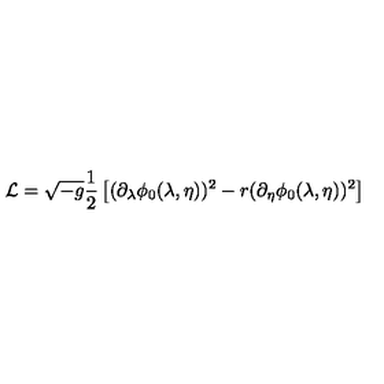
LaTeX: { \cal L } = \sqrt { - g } { \frac { 1 } { 2 } } \left[ ( \partial _ { \lambda } \phi _ { 0 } ( \lambda , \eta ) ) ^ { 2 } - r ( \partial _ { \eta } \phi _ { 0 } ( \lambda , \eta ) ) ^ { 2 } \right]